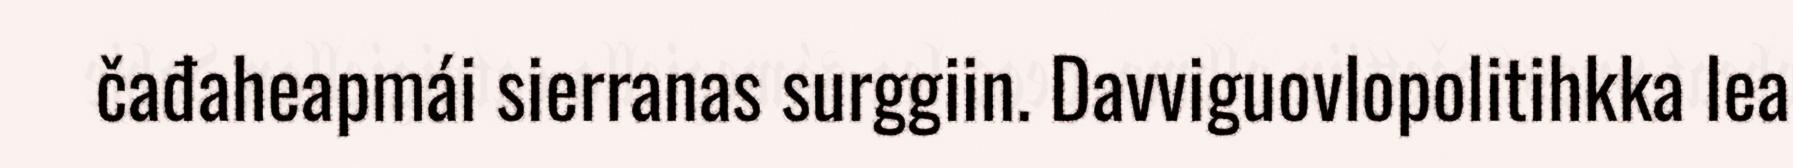
čađaheapmái sierranas surggiin. Davviguovlopolitihkka lea